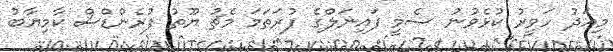
މިއަދު ހަވީރު ކުޅެވުނު ސެމީ ފައިނަލްގެ ފުރަތަމަ މެޗު ޔޫތު ފުރެންޑްސް ކާމިޔާބު